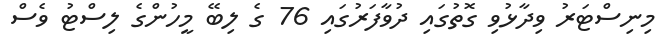
މިނިސްޓަރު ވިދާޅުވި ގޮތުގައި ދުވާފަރުގައި 76 ގެ ލިބޭ މީހުންގެ ލިސްޓު ވެސް